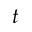
t